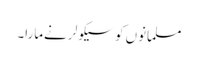
مسلمانوں کو سیکولر نےمارا۔